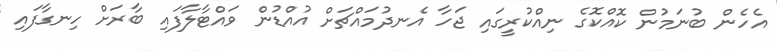
އެހެން ބުނަމުން ކޮއްކޮގެ ނިއްކުރީގައި ޖަހާ އެނދުމައްޗަށް އުއްޑުން ވައްޓާލާފައި ބާރަށް ހިނގާފައި